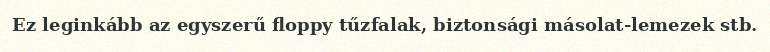
Ez leginkább az egyszerű floppy tűzfalak, biztonsági másolat-lemezek stb.